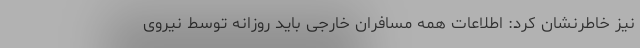
نیز خاطرنشان کرد: اطلاعات همه مسافران خارجی باید روزانه توسط نیروی